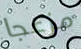
مزعجا